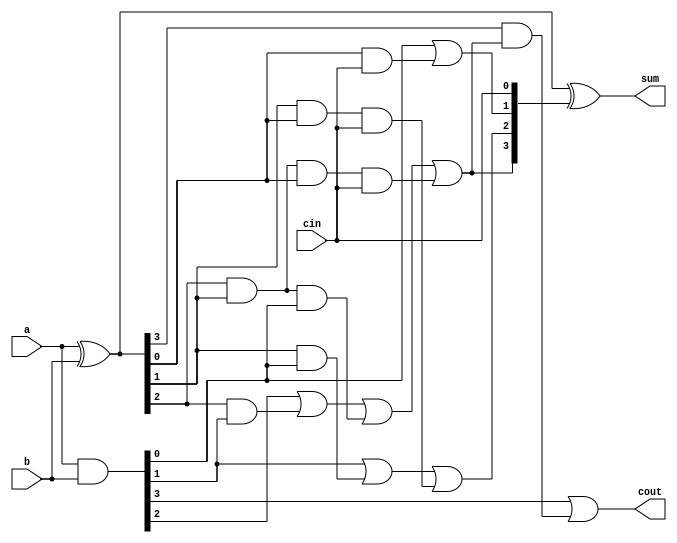
module carry_look_ahead_adder(input [3:0] a,b,input cin,output [3:0] sum,output cout);
  wire [3:0] g,p,c;//generate and propagate signals
  assign g=a&b;
  assign p=a^b;
  assign c[0]=cin;
  assign c[1]=g[0]|(p[0]&cin);
  assign c[2]=g[1]|(p[1]&g[0])|(p[1]&p[0]&cin);
  assign c[3]=g[2]|(p[2]&g[1])|(p[2]&p[1]&g[0])|(p[2]&p[1]&p[0]&cin);
  
    
    
  assign cout=g[3]|(p[3]&c[3]);
  
  assign sum=p^c;
endmodule